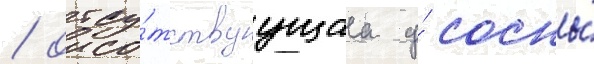
/ отсу́тствуущаа у́ сосны́